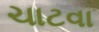
ચાટવા